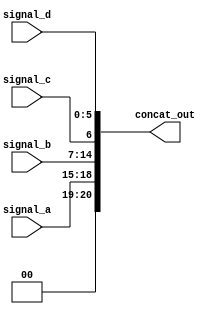
module concat_continuous_assignment (
    input wire [3:0] signal_a,    // 4-bit input signal
    input wire [7:0] signal_b,    // 8-bit input signal
    input wire signal_c,           // 1-bit input signal
    input wire [5:0] signal_d,    // 6-bit input signal
    output wire [20:0] concat_out  // Output vector width = 4 + 8 + 1 + 6 = 19 bits
);

// Concatenation continuous assignment
assign concat_out = {signal_a, signal_b, signal_c, signal_d};

endmodule